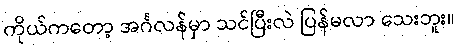
ကိုယ်ကတော့ အင်္ဂလန်မှာ သင်ပြီးလဲ ပြန်မလာ သေးဘူး။